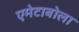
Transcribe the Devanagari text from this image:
एमेटाबोला